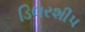
ડિલરશીપ